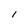
Character: I